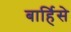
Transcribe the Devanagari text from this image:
बार्हिसे